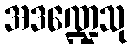
အဒဏ္ဍေသု